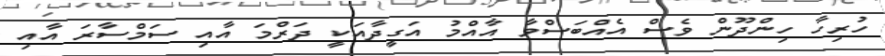
ހުރިހާ ހިންދޫން ވެސް އެއްބަސްވާ އާއްމު އަގީދާއަކީ ދަރްމަ އާއި ސަމްސާރަ އާއި